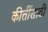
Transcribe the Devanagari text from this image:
कीर्तीसाठी